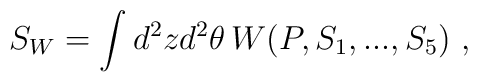
S_W = \int d^2z d^2 \theta\,  W(P,S_1,...,S_5) ~,